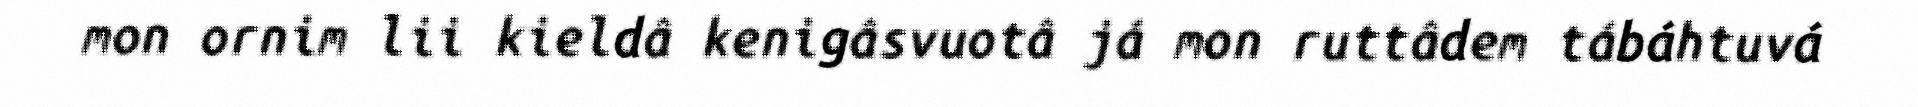
mon ornim lii kieldâ kenigâsvuotâ já mon ruttâdem tábáhtuvá